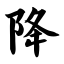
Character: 降